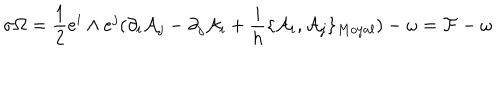
\sigma \Omega = \frac { 1 } { 2 } e ^ { i } \wedge e ^ { j } ( \partial _ { i } { \cal { A } } _ { j } - \partial _ { j } { \cal { A } } _ { i } + \frac { i } { h } \{ { \cal { A } } _ { i } , { \cal { A } } _ { j } \} _ { M o y a l } ) - \omega = { \cal { F } } - \omega